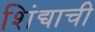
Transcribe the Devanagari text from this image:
शिंद्याची